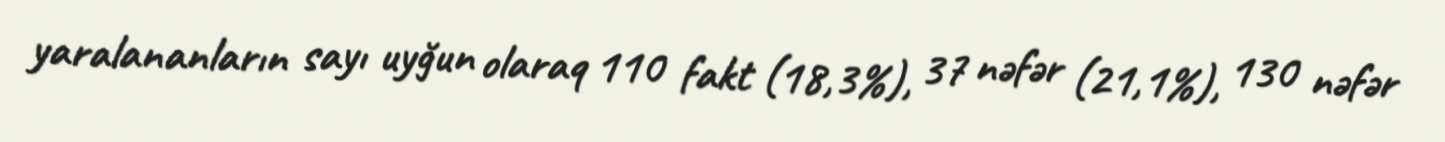
yaralananların sayı uyğun olaraq 110 fakt (18,3%), 37 nəfər (21,1%), 130 nəfər